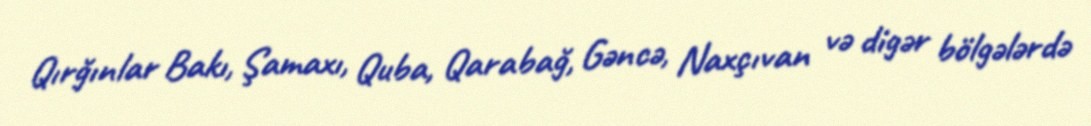
Qırğınlar Bakı, Şamaxı, Quba, Qarabağ, Gəncə, Naxçıvan və digər bölgələrdə